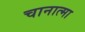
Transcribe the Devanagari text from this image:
चानात्मा